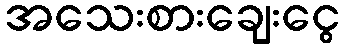
အသေးစားချေးငွေ